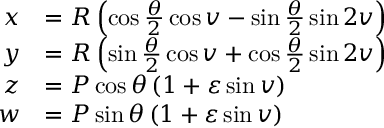
{ \begin{array} { r l } { x } & { = R \left( \cos { \frac { \theta } { 2 } } \cos v - \sin { \frac { \theta } { 2 } } \sin 2 v \right) } \\ { y } & { = R \left( \sin { \frac { \theta } { 2 } } \cos v + \cos { \frac { \theta } { 2 } } \sin 2 v \right) } \\ { z } & { = P \cos \theta \left( 1 + \varepsilon \sin v \right) } \\ { w } & { = P \sin \theta \left( 1 + { \varepsilon } \sin v \right) } \end{array} }